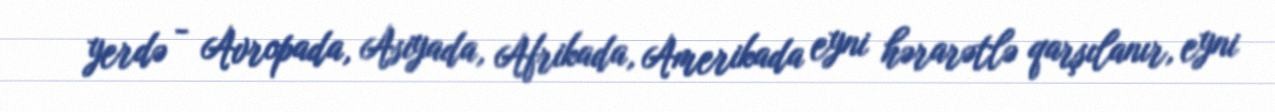
yerdə - Avropada, Asiyada, Afrikada, Amerikada eyni hərarətlə qarşılanır, eyni